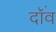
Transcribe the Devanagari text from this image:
दॉंव